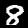
Label: 8